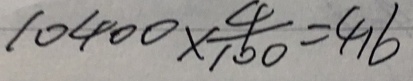
1 0 4 0 0 \times \frac { 4 } { 1 0 0 } = 4 1 6